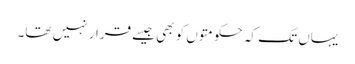
یہاں تک کہ حکومتوں کو بھی جیسے قرار نہیں تھا۔